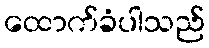
ထောက်ခံပါသည်